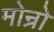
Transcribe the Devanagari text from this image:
मोन्रो